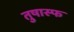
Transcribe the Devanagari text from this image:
तुषास्फ